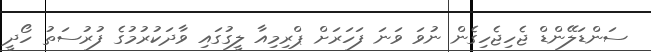
ސަންޑަލޭންޑް ޖެހިޖެހިގެން ނުވަ ވަނަ ފަހަރަށް ޕްރިމިއާ ލީގުގައި ވާދަކުރުމުގެ ފުރުސަތު ހޯދީ